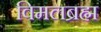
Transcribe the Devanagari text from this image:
विमलब्रह्म